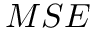
M S E